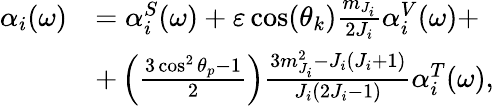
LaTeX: \begin{array}{rl}{\alpha_{i}(\omega)}&{=\alpha_{i}^{S}(\omega)+\varepsilon\cos(\theta_{k})\frac{m_{J_{i}}}{2J_{i}}\alpha_{i}^{V}(\omega)+}\\ &{+\left(\frac{3\cos^{2}\theta_{p}-1}{2}\right)\frac{3m_{J_{i}}^{2}-J_{i}(J_{i}+1)}{J_{i}(2J_{i}-1)}\alpha_{i}^{T}(\omega),}\end{array}